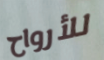
للأرواح